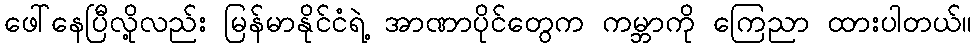
ဖေါ်နေပြီလို့လည်း မြန်မာနိုင်ငံရဲ့ အာဏာပိုင်တွေက ကမ္ဘာကို ကြေညာ ထားပါတယ်။